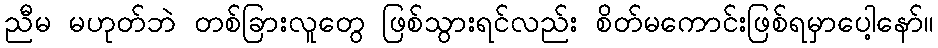
ညီမ မဟုတ်ဘဲ တစ်ခြားလူတွေ ဖြစ်သွားရင်လည်း စိတ်မကောင်းဖြစ်ရမှာပေါ့နော်။